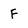
Character: F